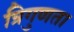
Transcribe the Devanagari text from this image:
त्रिगुणता